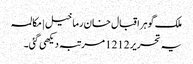
ملک گوہر اقبال خان رما خیل | مکالمہ
یہ تحریر 1212 مرتبہ دیکھی گئی۔